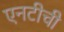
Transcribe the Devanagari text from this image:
एनटीची